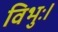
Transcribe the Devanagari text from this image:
विभुः।